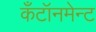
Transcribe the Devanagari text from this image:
कँटॉनमेन्ट